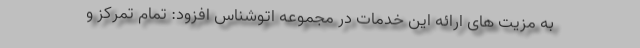
به مزیت های ارائه این خدمات در مجموعه اتوشناس افزود: تمام تمرکز و